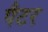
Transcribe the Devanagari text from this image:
पैटर